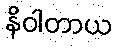
နိဝါတာယ